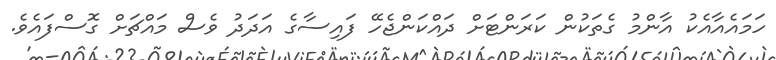
ހަމައެއާއެކު އާންމު ގެތަކުން ކަރަންޓަށް ދައްކަންޖެހޭ ފައިސާގެ އަދަދު ވެސް މައްޗަށް ގޮސްފައެވެ.